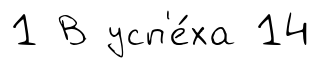
1 В усп'е́ха 14